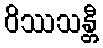
ဝိဿသန္တီ